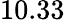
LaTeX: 10.33